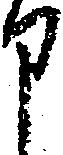
申